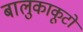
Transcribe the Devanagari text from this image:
बालुकाकूटों